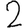
Digit: 2